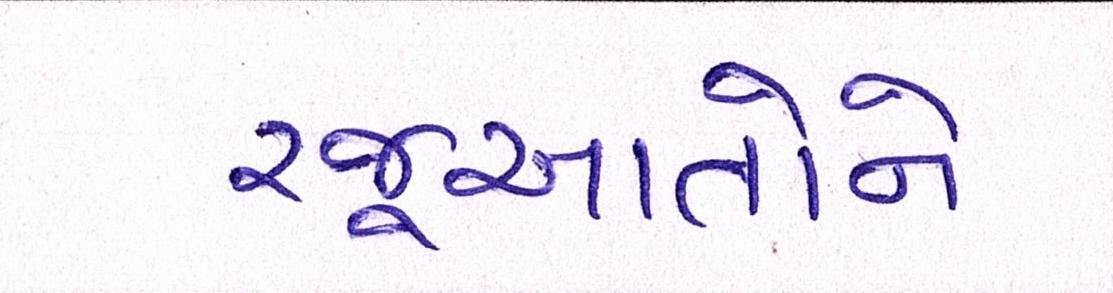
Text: રજૂઆતોને